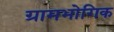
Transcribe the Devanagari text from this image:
ग्रामभोगिक